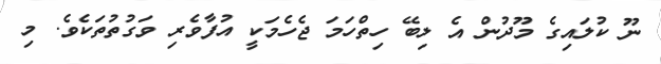
ނޫ ކުލައިގެ މޫދުން އެ ލިބޭ ހިތްހަމަ ޖެހެމަކީ އުފާވެރި ވަގުތުތަކެވެ. މި